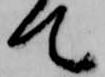
て